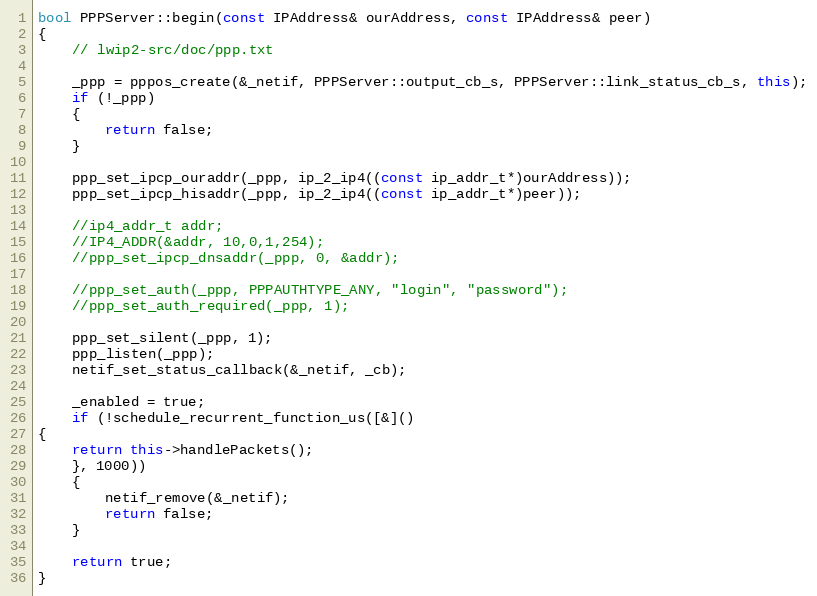
Language: C++
bool PPPServer::begin(const IPAddress& ourAddress, const IPAddress& peer)
{
    // lwip2-src/doc/ppp.txt

    _ppp = pppos_create(&_netif, PPPServer::output_cb_s, PPPServer::link_status_cb_s, this);
    if (!_ppp)
    {
        return false;
    }

    ppp_set_ipcp_ouraddr(_ppp, ip_2_ip4((const ip_addr_t*)ourAddress));
    ppp_set_ipcp_hisaddr(_ppp, ip_2_ip4((const ip_addr_t*)peer));

    //ip4_addr_t addr;
    //IP4_ADDR(&addr, 10,0,1,254);
    //ppp_set_ipcp_dnsaddr(_ppp, 0, &addr);

    //ppp_set_auth(_ppp, PPPAUTHTYPE_ANY, "login", "password");
    //ppp_set_auth_required(_ppp, 1);

    ppp_set_silent(_ppp, 1);
    ppp_listen(_ppp);
    netif_set_status_callback(&_netif, _cb);

    _enabled = true;
    if (!schedule_recurrent_function_us([&]()
{
    return this->handlePackets();
    }, 1000))
    {
        netif_remove(&_netif);
        return false;
    }

    return true;
}